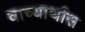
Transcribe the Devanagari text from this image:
वाच्यार्थास